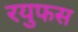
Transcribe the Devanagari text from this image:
रयुफस